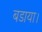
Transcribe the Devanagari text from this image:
बडाया।